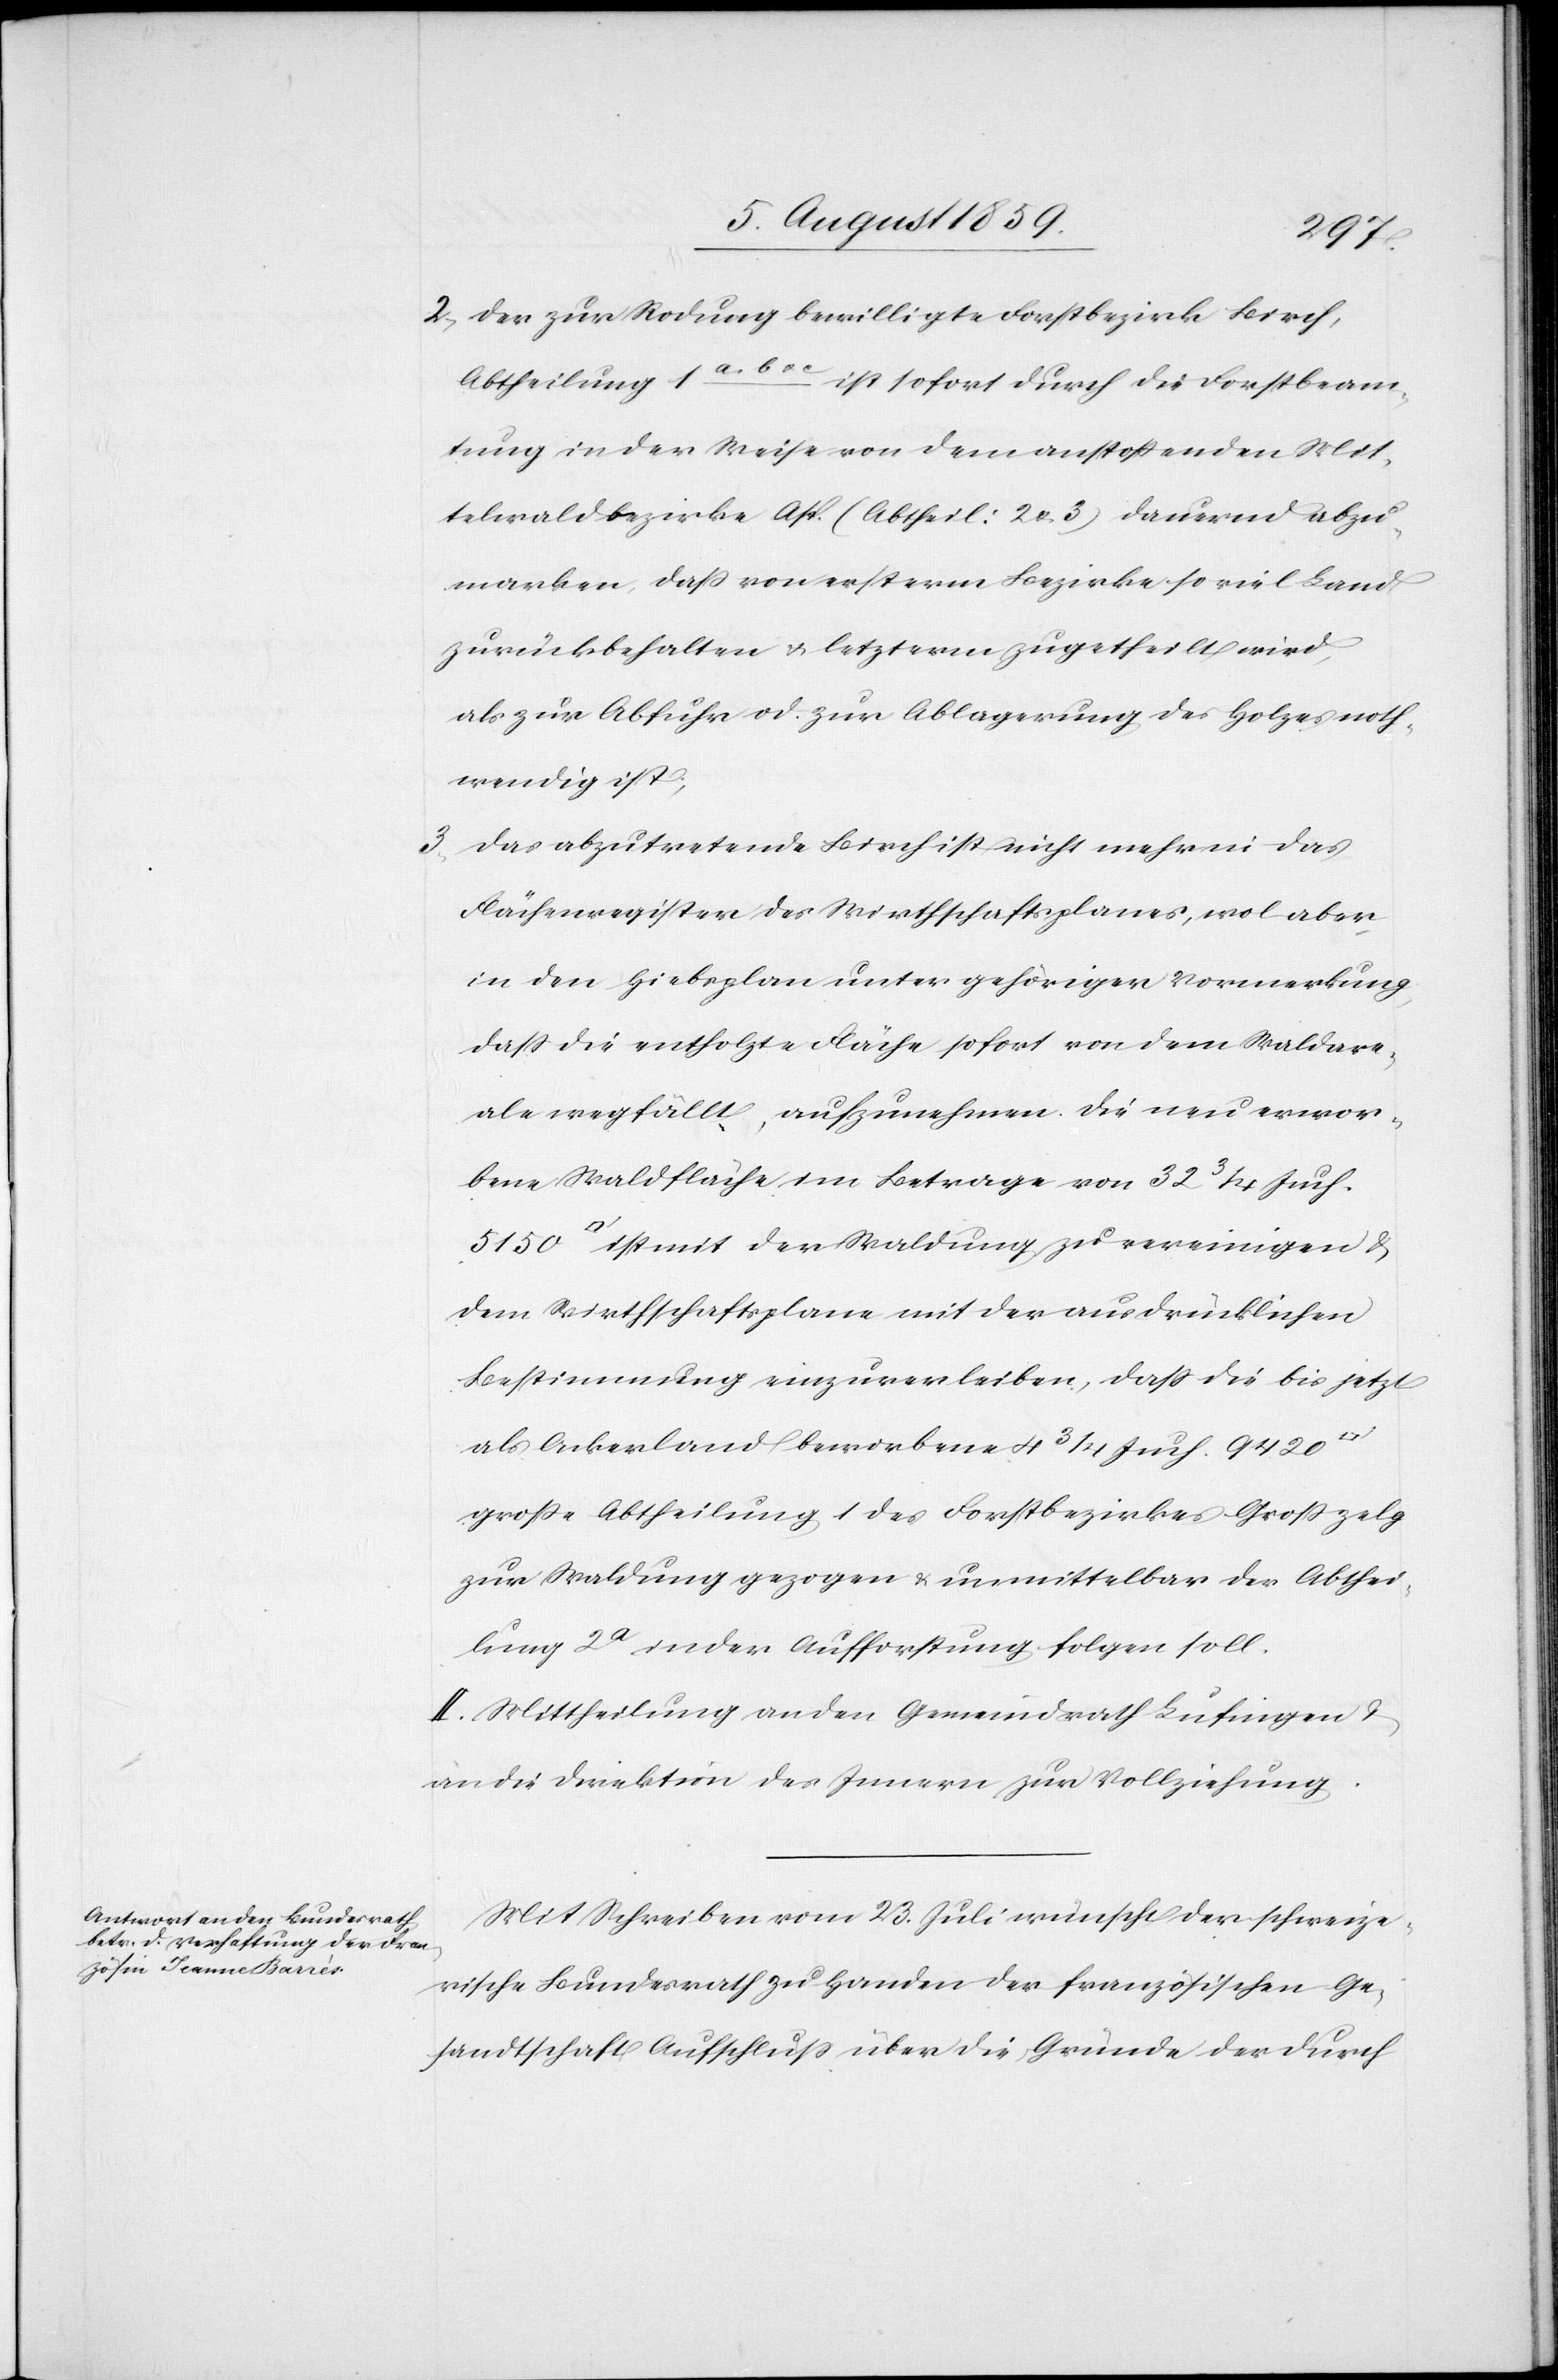
2. Der zur Rodung bewilligte Forstbezirk Birch,
Abtheilung 1a, b u. c. ist sofort durch die Forstbeam¬
tung in der Weise von dem anstoßenden Mit¬
telwaldbezirke Asp (Abtheil: 2 u. 3) dauernd abzu¬
marken, daß von ersterm Bezirke so viel Land
zurückbehalten u. letzterm zugetheilt wird,
als zur Abfuhr od. zur Ablagerung des Holzes noth¬
wendig ist;
3. Das abzutretende Birch ist nicht mehr in das
Flächenregister des Wirthschaftsplanes, wol aber
in den Hiebsplan unter gehöriger Vormerkung,
daß die entholzte Fläche sofort von dem Waldare¬
ale wegfällt, aufzunehmen. Die neu erwor¬
bene Waldfläche im Betrage von 32 3/4 Juch.
ist mit der Waldung zu vereinigen u.
dem Wirtschaftsplane mit der ausdrücklichen
Bestimmung einzuverleiben, daß die bis jetzt
als Ackerland beworbene 4 3/4 Juch. 9420
große Abtheilung 1 des Forstbezirkes Großzelg
zur Waldung gezogen u. unmittelbar der Abthei¬
lung 2a in der Aufforstung folgen soll.
II. Mittheilung an den Gemeindrath Lufingen u.
an die Direktion des Innern zur Vollziehung.
Mit Schreiben vom 23. Juli wünscht der schweize¬
rische Bundesrath zu Handen der französischen Ge¬
sandtschaft Aufschluß über die Gründe der durch